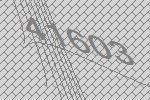
41603